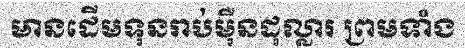
មានដើមទុនរាប់ម៉ឺនដុល្លារ ព្រមទាំង